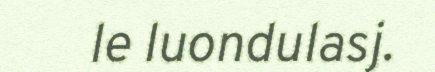
le luondulasj.